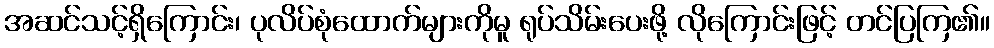
အဆင်သင့်ရှိကြောင်း၊ ပုလိပ်စုံထောက်များကိုမူ ရုပ်သိမ်းပေးဖို့ လိုကြောင်းဖြင့် တင်ပြကြ၏။